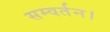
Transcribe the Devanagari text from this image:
सम्वर्तन।